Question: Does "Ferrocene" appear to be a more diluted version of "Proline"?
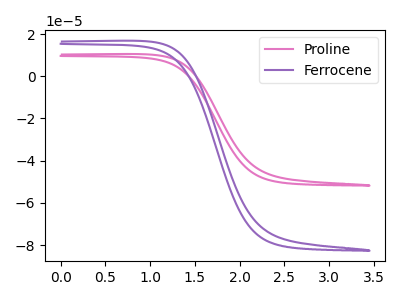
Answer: <think>The pink curve "Proline" has no peaks. The purple curve "Ferrocene" has no peaks.
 Neither "Ferrocene" or "Proline" have any peaks.</think>
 <answer>I cant tell if "Ferrocene" or "Proline" has higher concentration.</answer>
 <eval>mixed_concentration</eval>